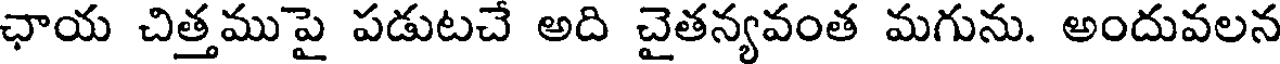
ఛాయ చిత్తముపై పడుటచే అది చైతన్యవంత మగును. అందువలన